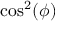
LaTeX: \cos ^ { 2 } ( \phi )